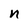
Character: n